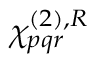
\chi _ { p q r } ^ { ( 2 ) , R }